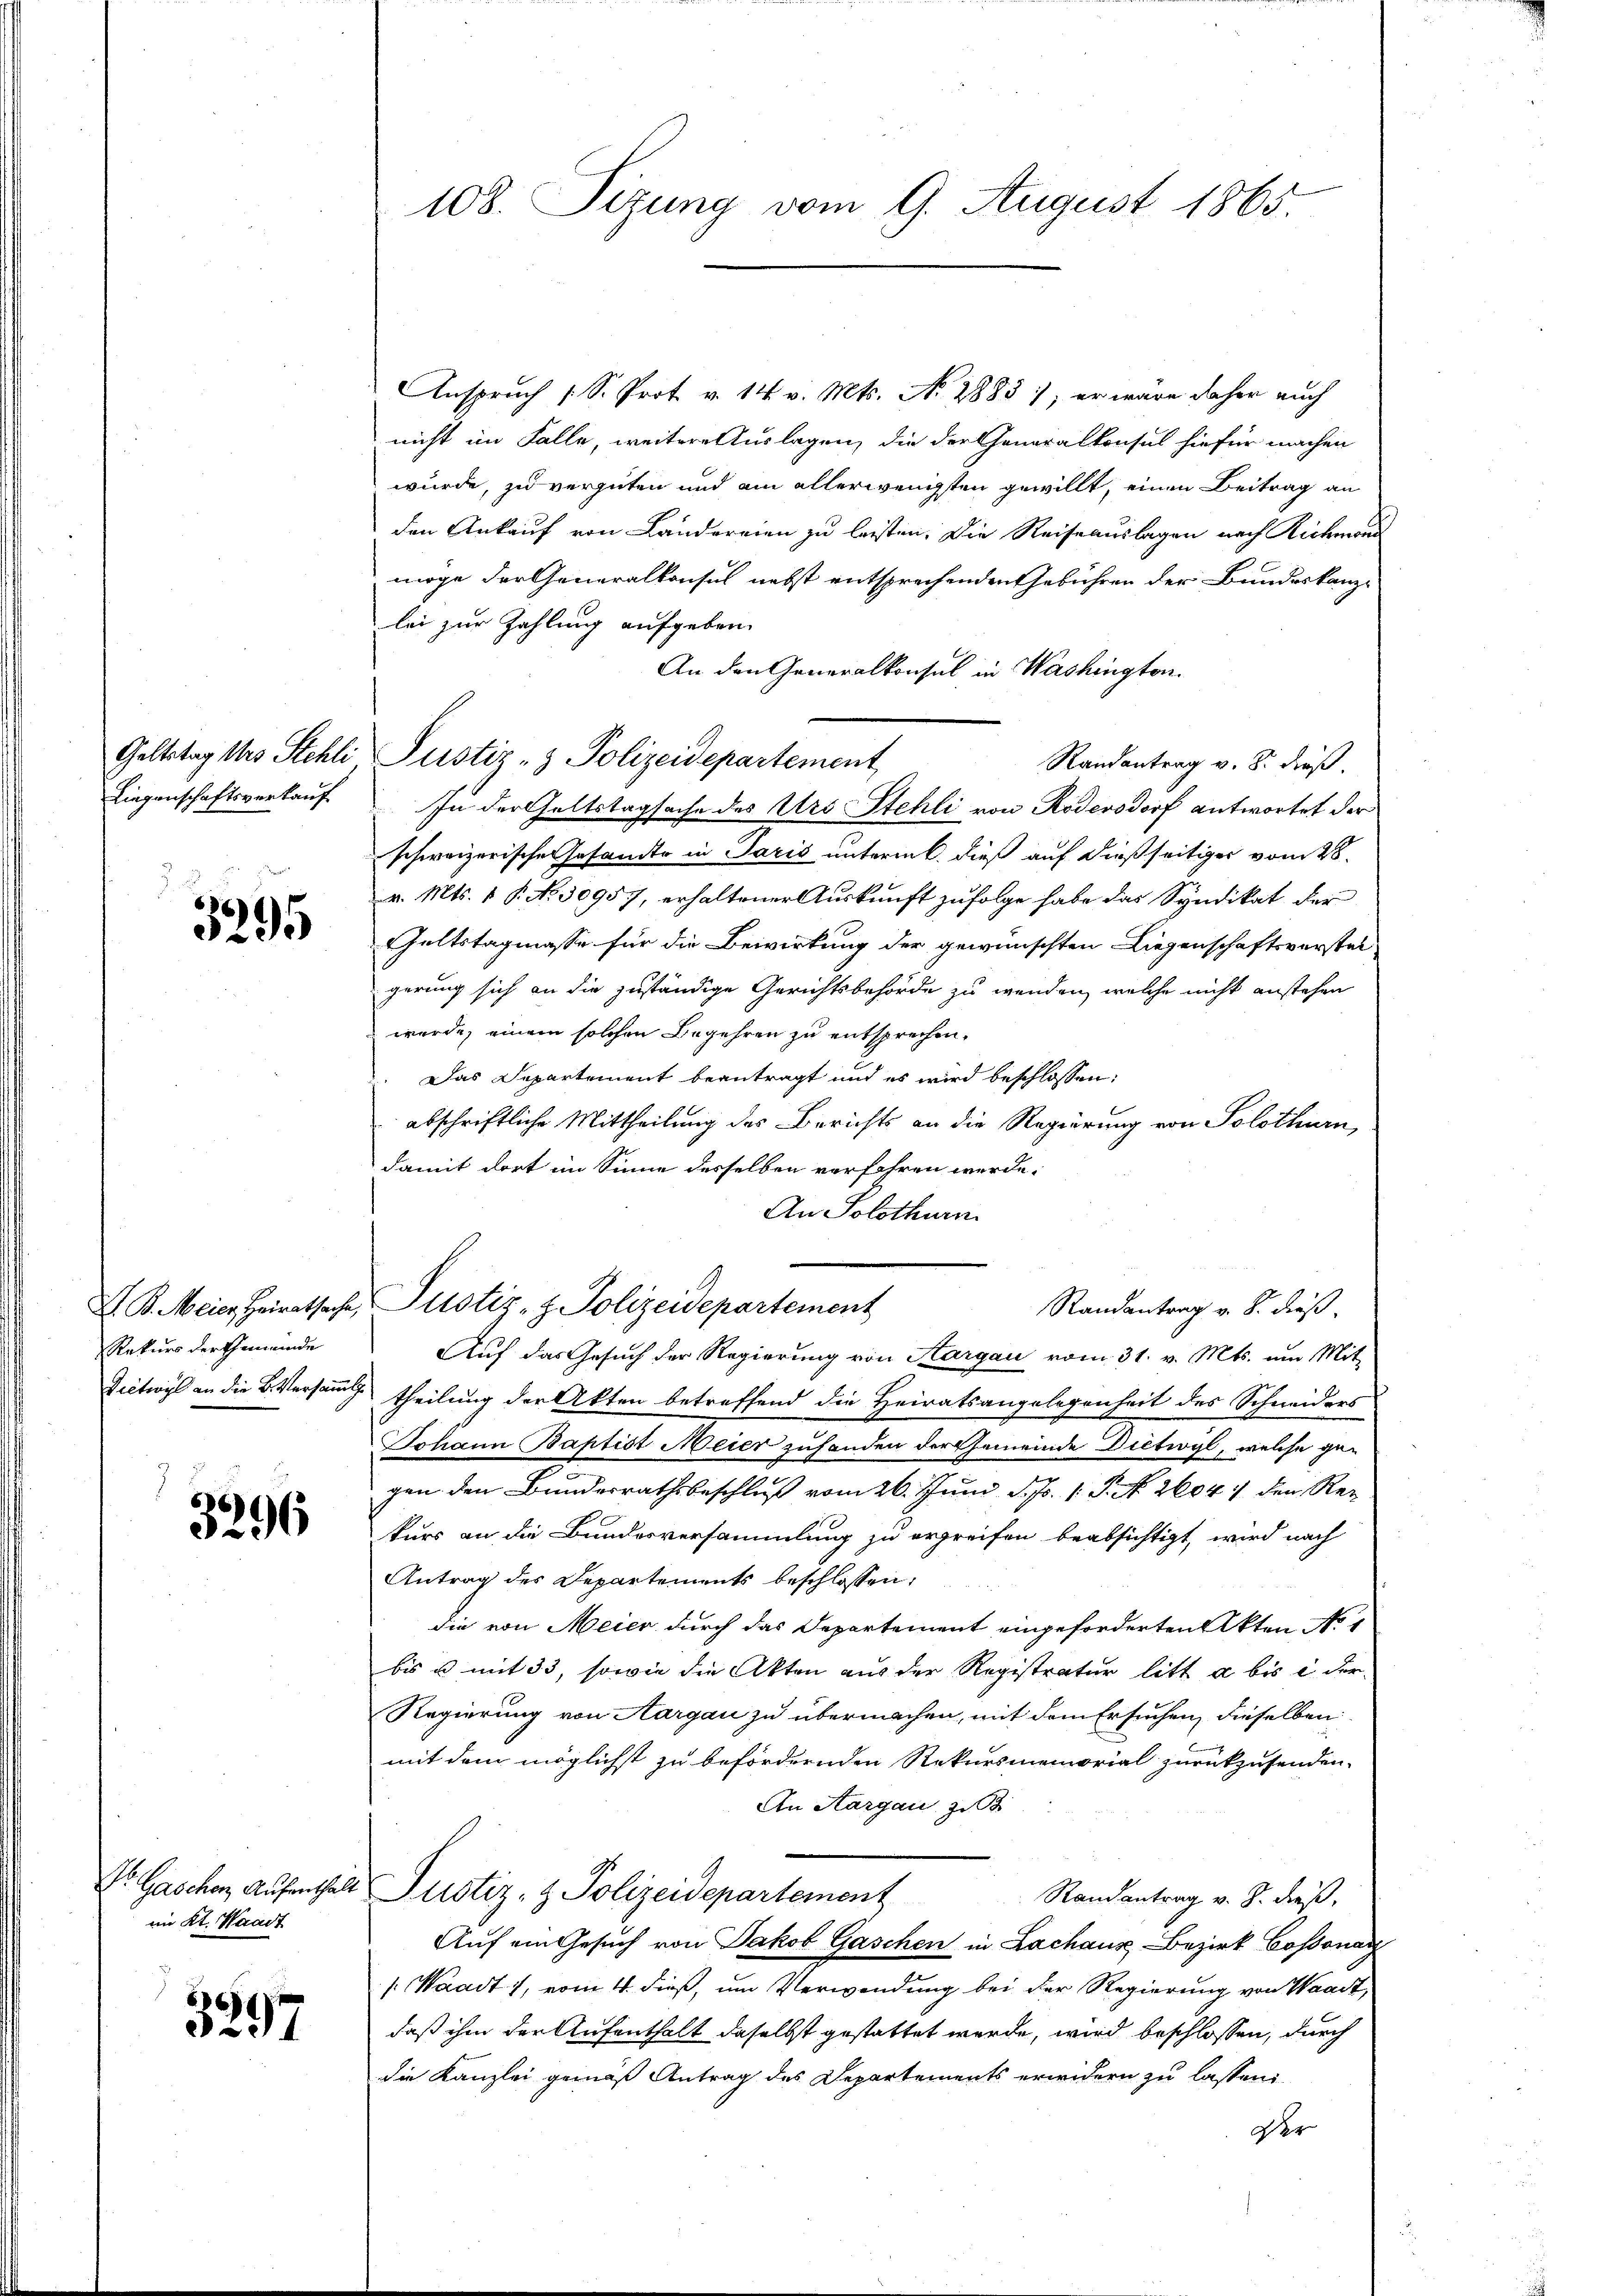
Liegenschaftsverkauf

3295

Rekurs der Gemeinde
Vietwyl an die B. Versammt

56
3296

im Kt. Waadt

6
337

108. Sizung vom 9. August 1865.

Anspruch (S. Prot v. 14. v. Mts. No 2883); er wäre daher auch
nicht im Falle, weitere Auslagen, die der Generalkonsul hiefür machen
wurde, zu vergüten und ain allerwenigsten gewillt, einen Beitrag an
den Ankauf von Ländereien zu leisten. Die Reiseauslagen nach Richmon
möge der Generalkonsul nebst entsprechenden Gebühren der Bundeskanzlei zur Zahlung aufgeben.
An den Generalkonsul in Washington.
Geltstag des Stehli Justiz- & Polizeidepartement
Randantrag v. 8. dieß.
In der Geltstagsache des Urs Stehli von Rödersdorf antwortet der
schweizerischen Insandte in Paris unterm 6. dieß auf dießseitiger vom 28.
v. Mts. 1 P. No. 30957, erhaltener Auskunft zufolge habe das Syndikat der
Galtstagmasse für die Bewirkung der gewünschten Liegenschaftsverstat
gerung sich an die zuständige Gerichtsbehörde zu wenden, welche nicht anstehen
wurde, einem solchen Begehren zu entsprechen.
Das Departement beantragt und es wird beschlossen:
abschriftliche Mittheilung des Berichts an die Regierung von Solothurn,
damit dort im Sinne desselben verfahren werde.
An Solothurn
X. B. Meier Heiratsache Justiz- & Polizeidepartement
Randantrag v. 8. dieß.
Auf das Gesuch der Regierung von Aargau vom 31. v. Mts. um Mit-
 theilung der Akten betreffend die Heiratsangelegenheit des Schneiders
Johann Baptist Meier zuhanden der Gemeinde Dictwyl, welche ge-
gen den Bundesrathsbeschluß vom 26. Juni d. Js. 1. P. N. 26041 den Rekurs an die Bundesversammlung zu ergreifen beabsichtigt, wird nach
Antrag des Departements beschlossen:
die von Meier durch das Departement eingeforderten Akten No 1
bis u mit 33, sowie die Akten aus der Registratur litt a bis in der
Regierung von Aargau zu übermachen, mit dem Ersuchen, dieselben
mit dem möglichst zu befördernden Rekursmemorial zurückzusenden.
An Aargau zu
Dr. Gaschen Aufenthalt Justiz- & Polizeidepartement
Randantrag v. J. dieß,
Auf ein Gesuch von Jakob Gaschen in Lachaus Bezirk Cossonar
/ Waadt 1, vom 4. dieß, um Verwendung bei der Regierung von Waadt,
daß ihm der Aufenthalt daselbst gestattet werde, wird beschlossen, durch
die Kanzlei gemäß Antrag des Departements erwidern zu lassen
Der